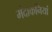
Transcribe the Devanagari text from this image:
मंदाकनियां